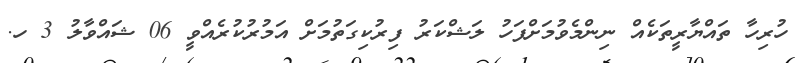
ހުރިހާ ތައްޔާރީތަކެއް ނިންމެވުމަށްފަހު ލަޝްކަރު ފިރުކިގަތުމަށް އަމުރުކުރެއްވީ 06 ޝައްވާލު 3 ހ.